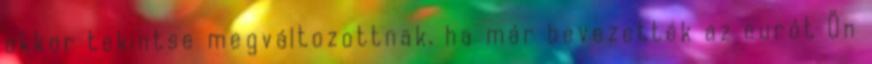
akkor tekintse megváltozottnak, ha már bevezették az eurót Ön